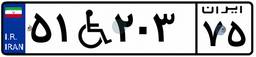
۵۱W۲۰۳۷۵